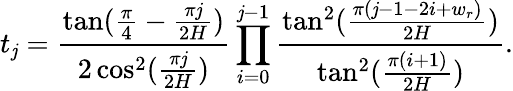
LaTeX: t_{\mathit{j}}=\frac{{\tan(\frac{{\pi}}{{4}}-\frac{{\pi\mathit{j}}}{{2H}})}}{{2\cos^{2}(\frac{{\pi\mathit{j}}}{{2H}})}}\prod_{i=0}^{\mathit{j}-1}\frac{{\tan^{2}(\frac{{\pi(\mathit{j}-1-2i+w_{r})}}{{2H}})}}{{\tan^{2}(\frac{{\pi(i+1)}}{{2H}})}}.